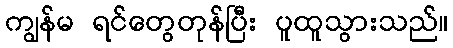
ကျွန်မ ရင်တွေတုန်ပြီး ပူထူသွားသည်။